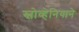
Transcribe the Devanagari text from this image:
स्लोव्हेनियाने